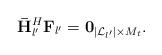
LaTeX: \begin{align*} {\bf{\bar H}}_{l'}^H{{{\bf{ F}}}_{l'}} = {{\bf{0}}_{\left| {{\cal L}_{l'}} \right| \times {M_t}}}. \end{align*}